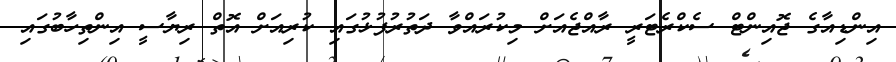
އިންޑިއާގެ ޖޮއިންޓް ސެކްރެޓަރީ ރާއްޖެއަށް މިކުރައްވާ ދަތުރުފުޅުގައި ކުރިއަށް އޮތް ރިޔާސީ އިންތިހާބުގައި